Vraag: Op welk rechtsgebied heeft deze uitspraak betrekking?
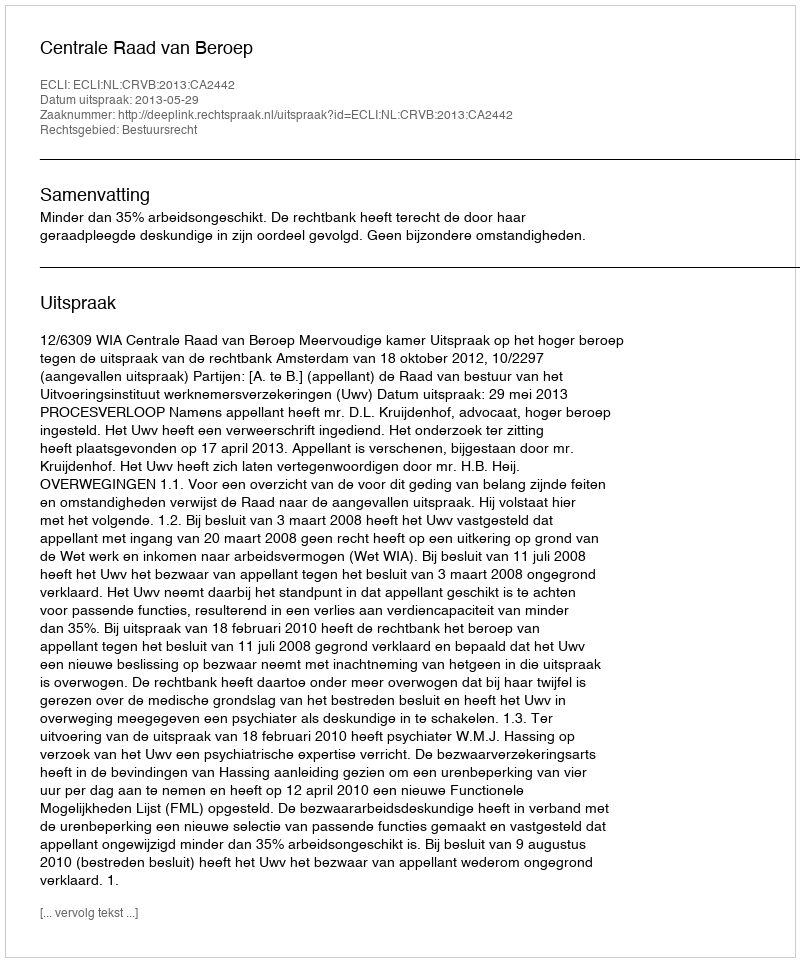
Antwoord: Bestuursrecht